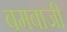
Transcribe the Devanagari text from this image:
बमबाजी